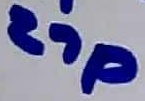
Text: 27p